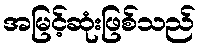
အမြင့်ဆုံးဖြစ်သည်